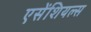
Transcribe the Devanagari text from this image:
एसेंशियल्स